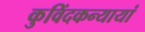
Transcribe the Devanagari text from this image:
कुविंदकन्यायां